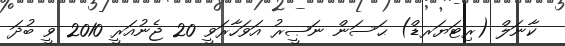
ކާނަލް (ރިޓަޔަރޑް) ޙަސަން ނަޞީރު އަވަހާރަވީ 20 ޖެނުއަރީ 2010 ވީ ބުދަ